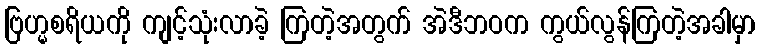
ဗြဟ္မစရိယကို ကျင့်သုံးလာခဲ့ ကြတဲ့အတွက် အဲဒီဘဝက ကွယ်လွန်ကြတဲ့အခါမှာ